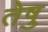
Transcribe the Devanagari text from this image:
तेषु